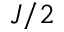
J / 2